Annual report on the Civil Veterinary Department, Burma (including the Insein Veterinary School) - 1923-1931
Year: 1923
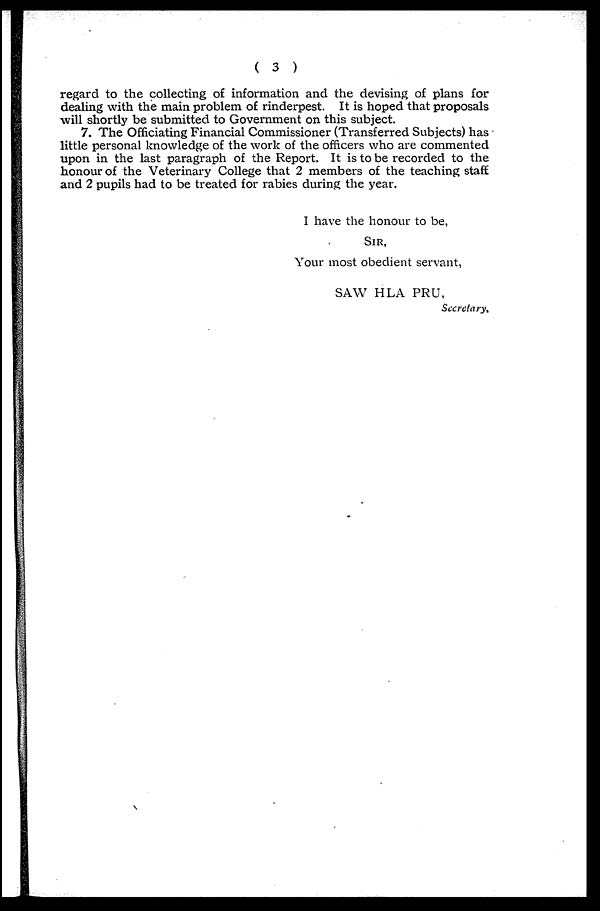
( 3 )
regard to the collecting of information and the devising of plans for
dealing with the main problem of rinderpest. It is hoped that proposals
will shortly be submitted to Government on this subject.
7. The Officiating Financial Commissioner (Transferred Subjects) has
little personal knowledge of the work of the officers who are commented
upon in the last paragraph of the Report. It is to be recorded to the
honour of the Veterinary College that 2 members of the teaching staff
and 2 pupils had to be treated for rabies during the year.
I have the honour to be,
SIR,
Your most obedient servant,
SAW HLA PRU,
Secretary.